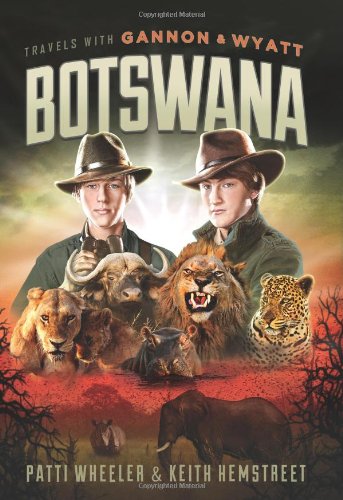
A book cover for Travels with Gannon and Wyatt: Botswana (Travels With Gannon & Wyatt); Patti Wheeler; Travel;